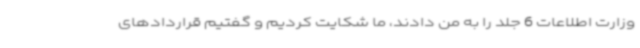
وزارت اطلاعات 6 جلد را به من دادند، ما شکایت کردیم و گفتیم قراردادهای